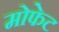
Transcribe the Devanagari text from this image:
मोफेट